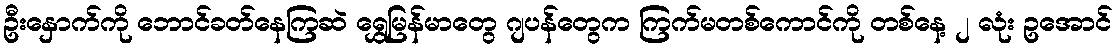
ဦးနှောက်ကို ဘောင်ခတ်နေကြဆဲ ရွှေမြန်မာတွေ ဂျပန်တွေက ကြက်မတစ်ကောင်ကို တစ်နေ့ ၂ လုံး ဥအောင်